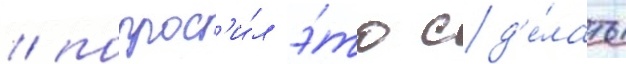
/ попрос'и́л э́то сд'е́лать